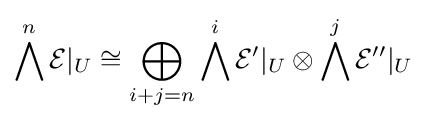
\bigwedge ^{n}{\mathcal {E}}|_{U}\cong \bigoplus _{i+j=n}\bigwedge ^{i}{\mathcal {E}}'|_{U}\otimes \bigwedge ^{j}{\mathcal {E}}''|_{U}